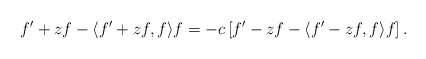
\begin{align*}f'+zf-\langle f'+zf,f\rangle f=-c\left[f'-zf-\langle f'-zf,f\rangle f\right].\end{align*}